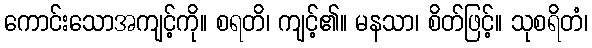
ကောင်းသောအကျင့်ကို။ စရတိ၊ ကျင့်၏။ မနသာ၊ စိတ်ဖြင့်။ သုစရိတံ၊